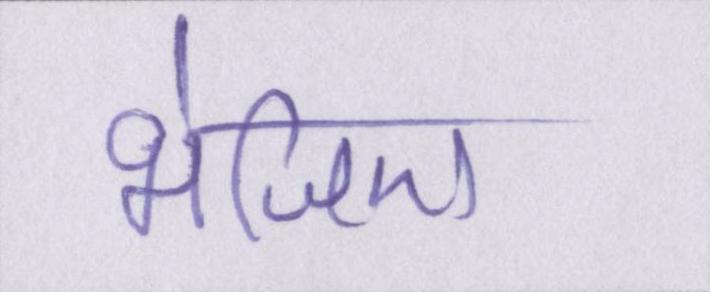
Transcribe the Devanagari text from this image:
भेजिए